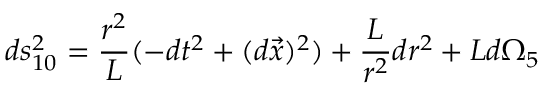
d s _ { 1 0 } ^ { 2 } = \frac { r ^ { 2 } } { L } ( - d t ^ { 2 } + ( d \vec { x } ) ^ { 2 } ) + \frac { L } { r ^ { 2 } } d r ^ { 2 } + L d \Omega _ { 5 }